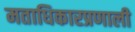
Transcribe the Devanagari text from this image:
मताधिकारप्रणाली